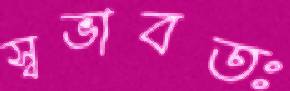
স্বভাবতঃ